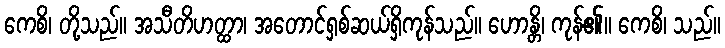
ကေစိ၊ တို့သည်။ အသီတိဟတ္ထာ၊ အတောင်ရှစ်ဆယ်ရှိကုန်သည်။ ဟောန္တိ၊ ကုန်၏။ ကေစိ၊ သည်။